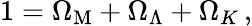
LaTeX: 1=\Omega_{\mathrm{M}}+\Omega_{\Lambda}+\Omega_{K}\, ,